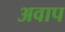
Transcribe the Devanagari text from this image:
अवाप